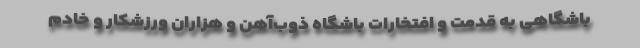
باشگاهی به قدمت و افتخارات باشگاه ذوب‌آهن و هزاران ورزشکار و خادم